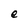
Character: e